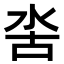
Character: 𣳖